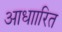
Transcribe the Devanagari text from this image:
आधाारित